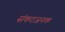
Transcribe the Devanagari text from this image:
संकटजनक